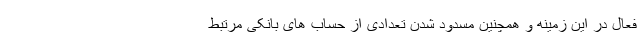
فعال در این زمینه و همچنین مسدود شدن تعدادی از حساب های بانکی مرتبط